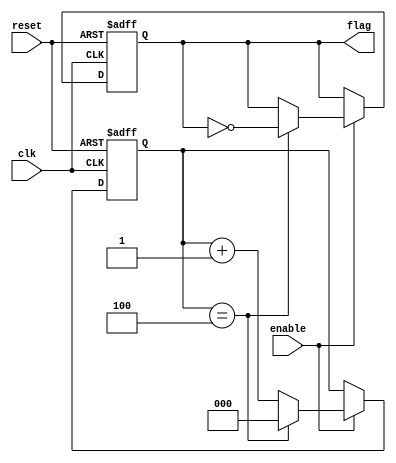
/************************************************************************************************
Name: ClockGen.v
Description: Counter which counts up to MAXIMUM_VALUE and raises a flag when it happens,
then it restarts the counting.
Parameter:
*	MAXIMUM_VALUE = Number of data samples to count
*	NBITS = Number of bits required to count to the maximum value
Inputs:
*	clk :	clock signal
*	reset :	reset signal

Outputs:
*	flag:	signal which indicates the counting reached the maximum value
*	counter:	signal which stores the counting value

Version: 1.0
Autor: Ntor Damin Garca 
Fecha: Primavera 2018
************************************************************************************************/

module ClockGen
#(
	// Parameter Declarations
	parameter MAXIMUM_VALUE = 5, 
	parameter NBITS = CeilLog2(MAXIMUM_VALUE)
)
(
	// Input Ports
	input clk,
	input reset,
	input enable,	
	// Output Ports
	output flag
	//output[NBITS-1:0] counter
);



reg flag_reg=0;
reg [NBITS-1:0] counter_reg=0;


/*********************************************************************************************/
	always@(posedge clk or negedge reset) begin
		if (reset == 1'b0) begin 
			counter_reg <= {NBITS{1'b0}};			
			flag_reg <= 0;
		end else begin					
				if (enable==1'b1)begin 
					if(counter_reg == MAXIMUM_VALUE-1)begin						
						counter_reg <= { NBITS{1'b0} };
						flag_reg <= ~flag_reg;
					end else begin 
						counter_reg <= counter_reg + 1'b1;						
					end									
				end 
		end
	end

/*********************************************************************************************/

assign flag = flag_reg;
//assign counter = counter_reg;
/*********************************************************************************************/

/*********************************************************************************************/
   
 /*Log Function*/
     function integer CeilLog2;
       input integer data;
       integer i,result;
       begin
          for(i=0; 2**i < data; i=i+1)
             result = i + 1;
          CeilLog2 = result;
       end
    endfunction

/*********************************************************************************************/


endmodule